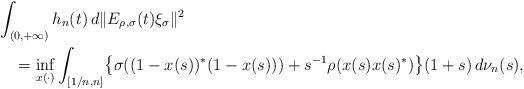
LaTeX: \begin{align*}&\int_{(0,+\infty)}h_n(t)\,d\|E_{\rho,\sigma}(t)\xi_\sigma\|^2 \\&\quad=\inf_{x(\cdot)}\int_{[1/n,n]}\bigl\{\sigma((1-x(s))^*(1-x(s)))+s^{-1}\rho(x(s)x(s)^*)\bigr\}(1+s)\,d\nu_n(s),\end{align*}